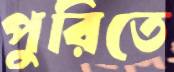
পুরিতে